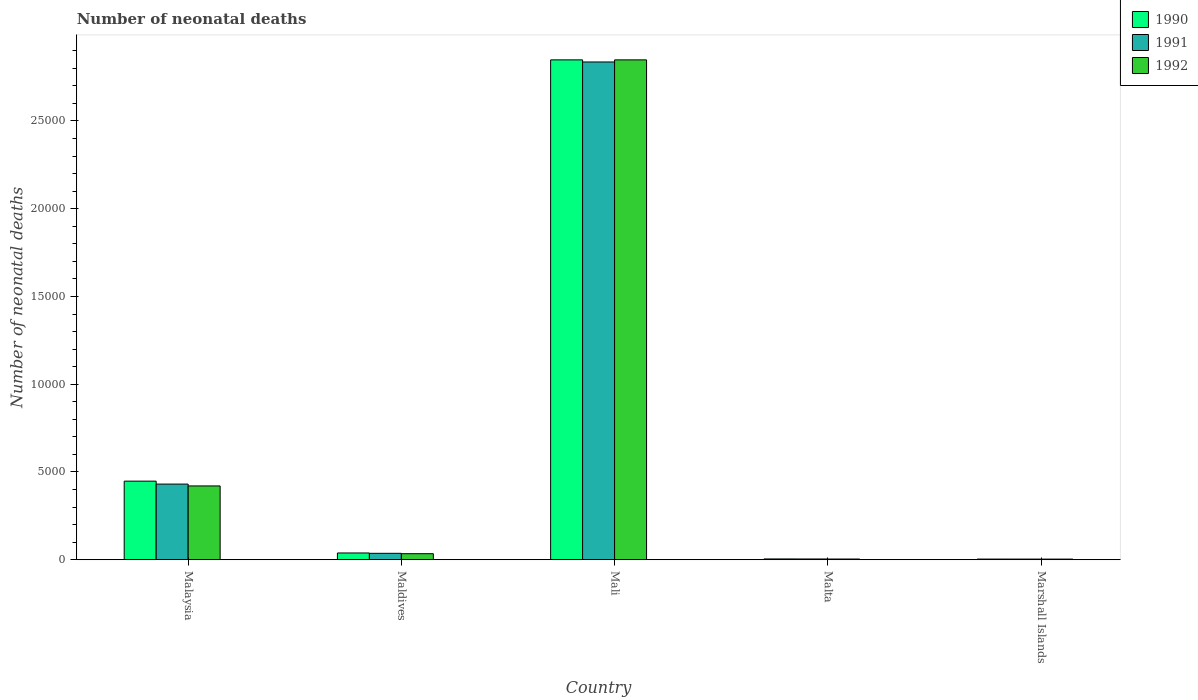
| Country | 1990 | 1991 | 1992 |
 | --- | --- | --- | --- |
 | Malaysia | 4.48e+03 | 4.31e+03 | 4.21e+03 |
 | Maldives | 387 | 367 | 346 |
 | Mali | 2.85e+04 | 2.84e+04 | 2.85e+04 |
 | Malta | 47 | 45 | 42 |
 | Marshall Islands | 40 | 39 | 38 |